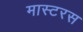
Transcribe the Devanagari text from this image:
मास्टरस